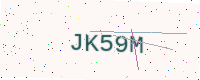
Text: JK59M